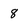
Character: 8